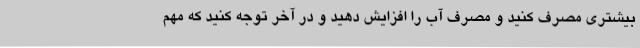
بیشتری مصرف کنید و مصرف آب را افزایش دهید و در آخر توجه کنید که مهم